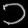
Digit: ၁